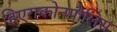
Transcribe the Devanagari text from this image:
हिएराकोनपोलिस